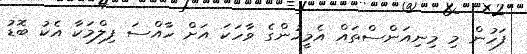
ފަހުން މި މިނިއަންސްތައް އެމީހުންގެ ވާހަކަ އަށް ހާއްސަ ފިލްމަކާ އެކު ބޮޑު